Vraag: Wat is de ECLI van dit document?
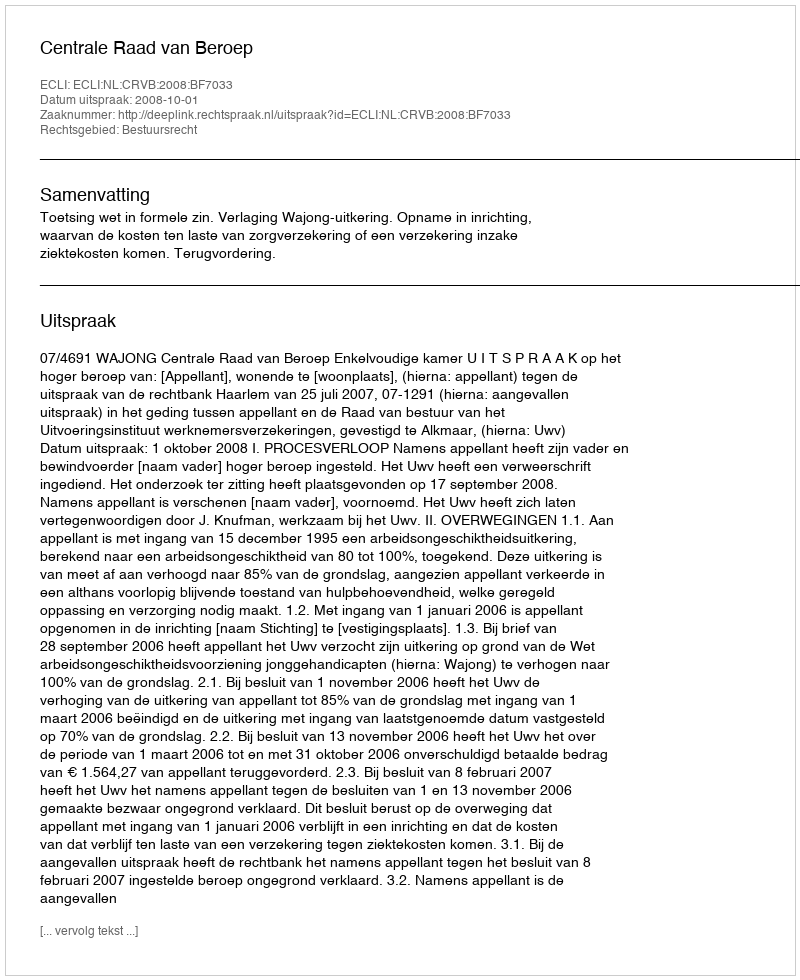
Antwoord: ECLI:NL:CRVB:2008:BF7033